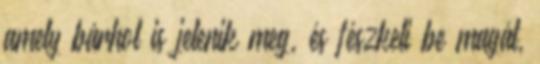
amely bárhol is jelenik meg, és fészkeli be magát,